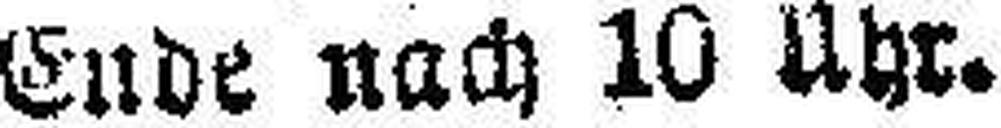
Ende nach 10 Uhr.